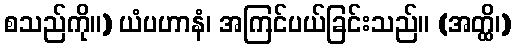
စသည်ကို။) ယံပဟာနံ၊ အကြင်ပယ်ခြင်းသည်။ (အတ္ထိ၊)